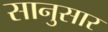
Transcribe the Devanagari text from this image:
सानुसार